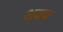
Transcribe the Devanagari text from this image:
शक्य़